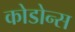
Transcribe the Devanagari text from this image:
कोडोन्स